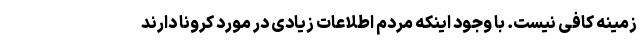
زمینه کافی نیست. با وجود اینکه مردم اطلاعات زیادی در مورد کرونا دارند